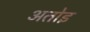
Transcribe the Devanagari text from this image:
अतोइ